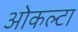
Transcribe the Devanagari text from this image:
ओकल्टा